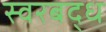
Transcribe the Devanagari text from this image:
स्‍वरबद्ध